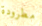
مطرودة